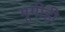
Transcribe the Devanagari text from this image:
भूमीही